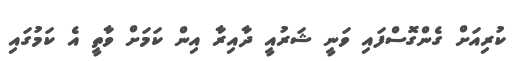
ކުރިއަށް ގެންގޮސްފައި ވަނީ ޝަރުއީ ދާއިރާ އިން ކަމަށް ވާތީ އެ ކަމުގައި